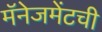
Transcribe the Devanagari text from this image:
मॅनेजमेंटची